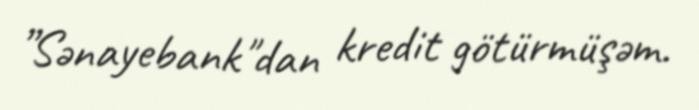
”Sənayebank"dan kredit götürmüşəm.